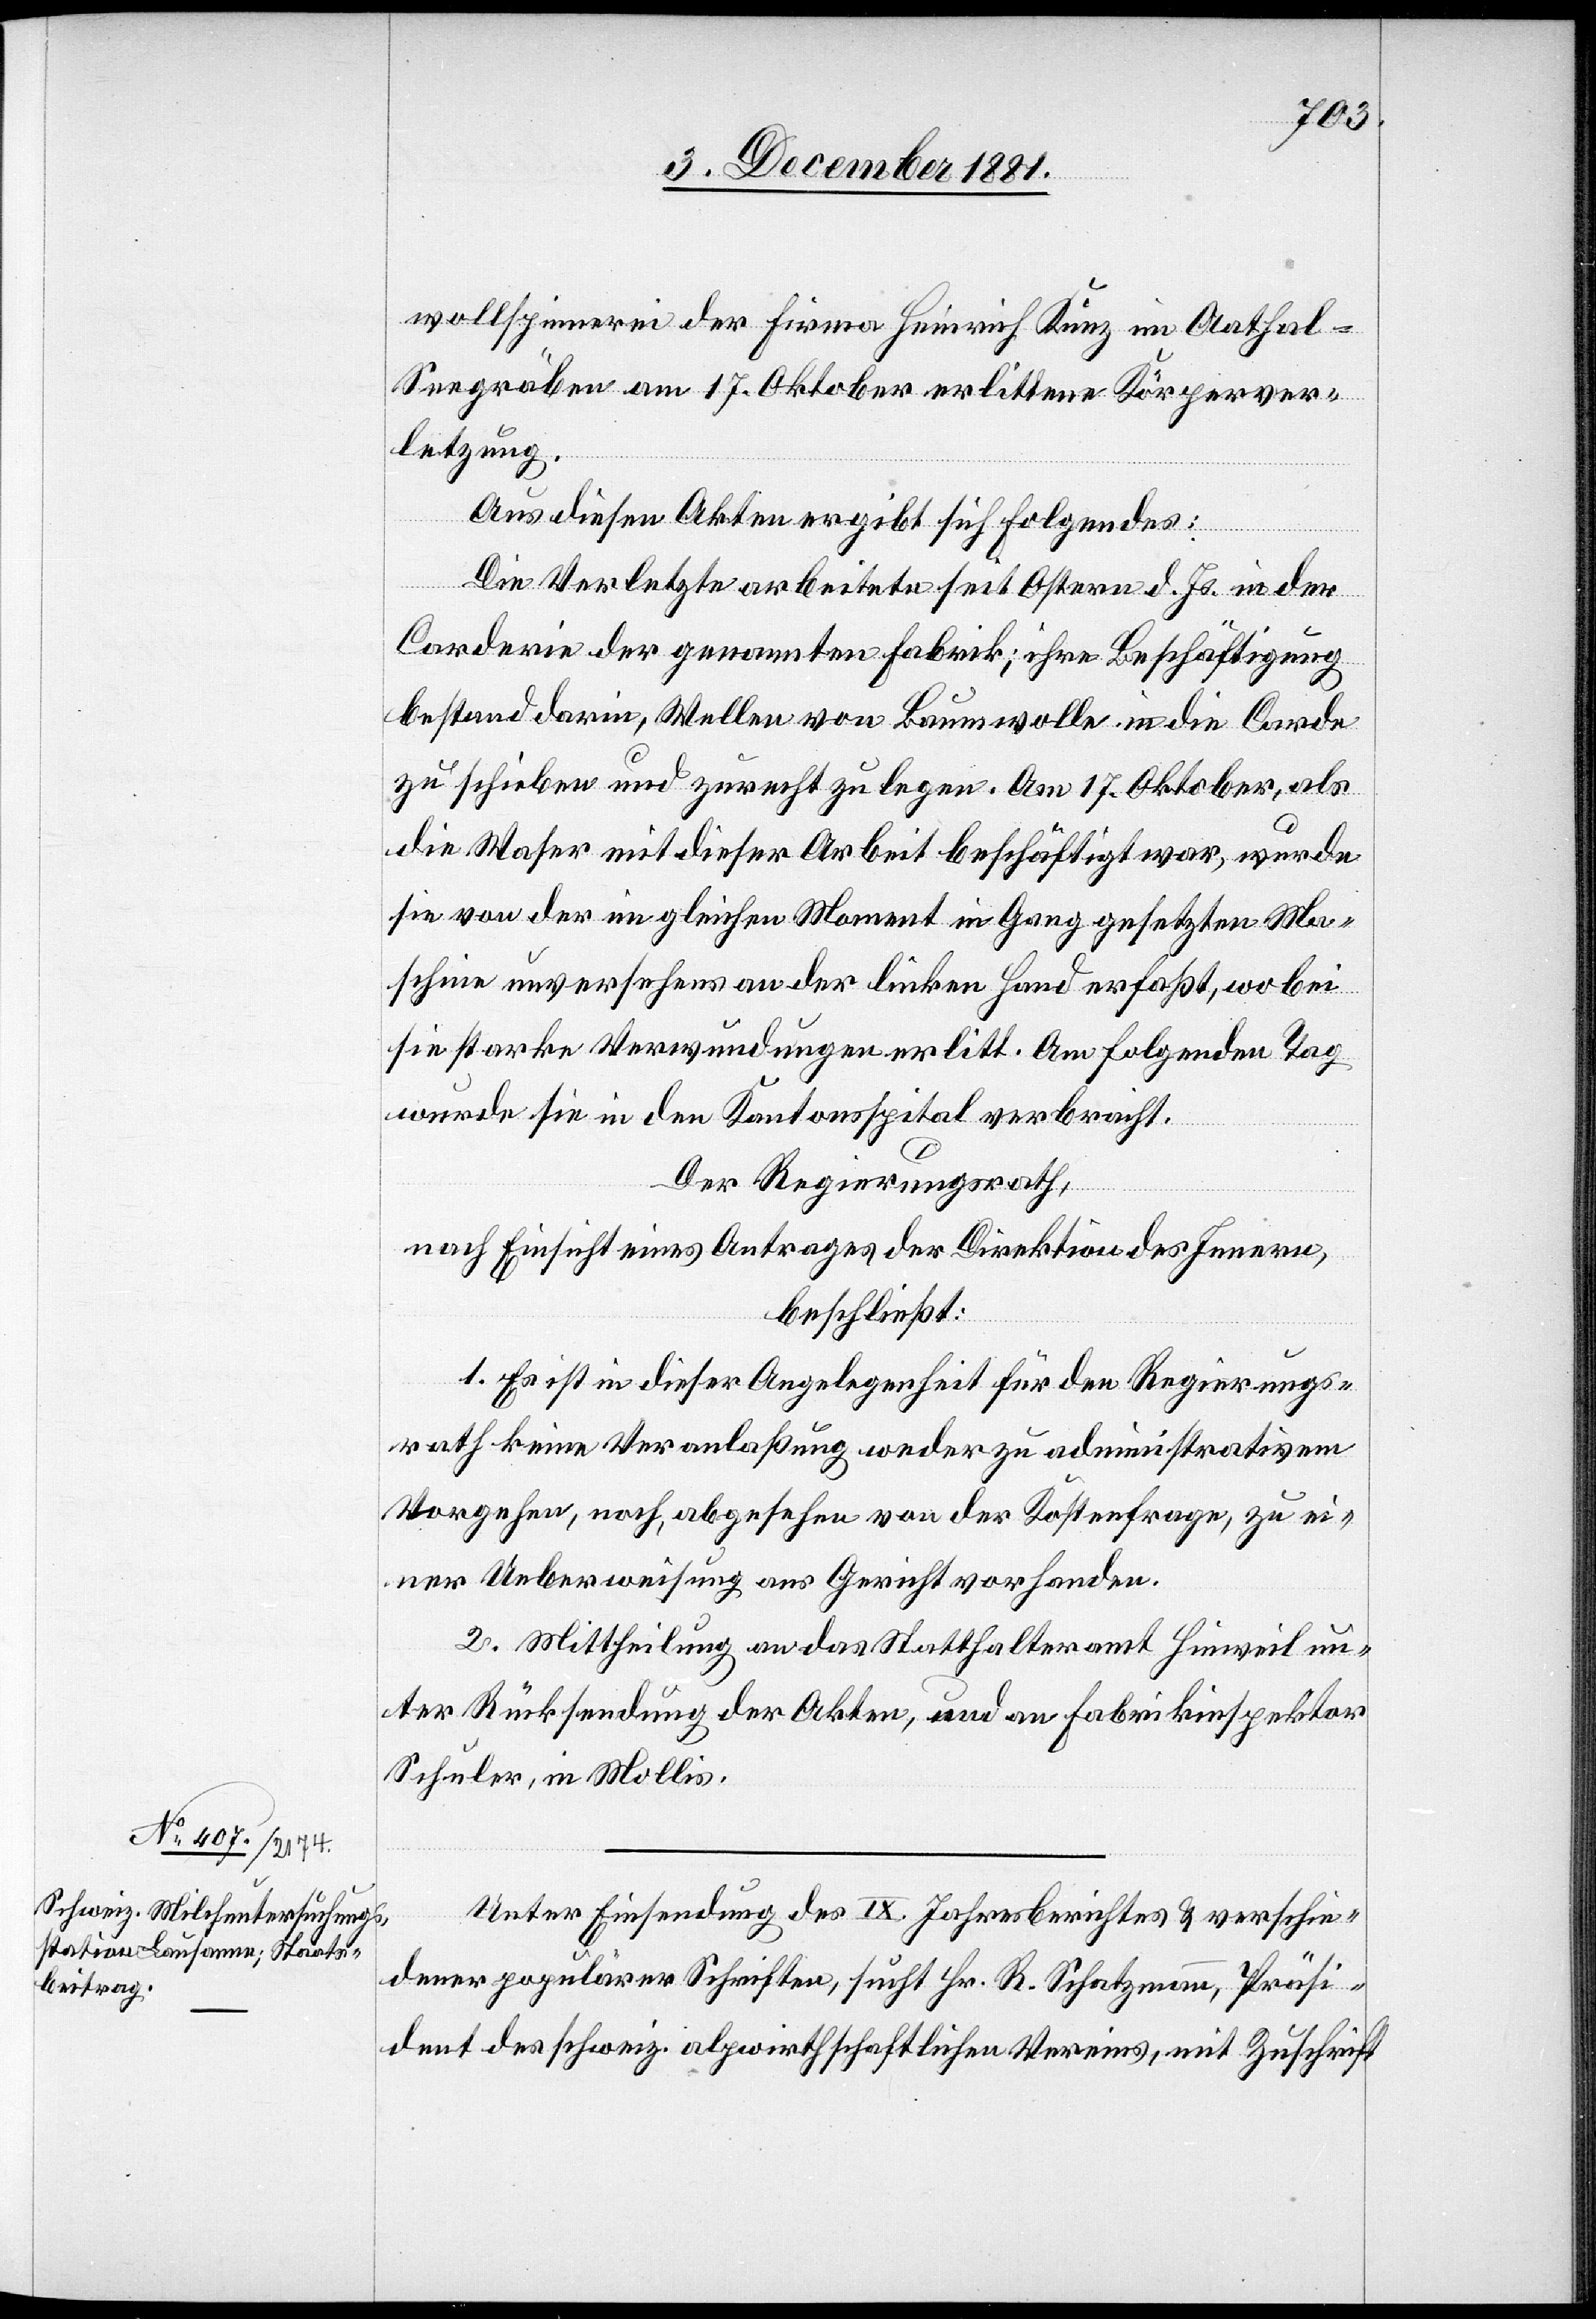
wollspinnerei der Firma Heinrich Kunz im Aathal-S¬
eegräben am 17. Oktober erlittene Körperver¬
letzung.
Aus diesen Akten ergibt sich Folgendes:
Die Verletzte arbeitete seit Ostern d. Js. in der
Corderie der genannten Fabrik; ihre Beschäftigung
bestand darin, Wellen von Baumwolle in die Corde
zu schieben und zurecht zu legen. Am 17. Oktober, als
die Waser mit dieser Arbeit beschäftigt war, wurde
sie von der im gleichen Moment in Gang gesetzten Ma¬
schine unversehens an der linken Hand erfaßt, wobei
sie starke Verwundungen erlitt. Am folgenden Tag
wurde sie in den Kantonsspital verbracht.
Der Regierungsrath,
nach Einsicht eines Antrages der Direktion des Innern,
beschließt:
1. Es ist in dieser Angelegenheit für den Regierungs¬
rath keine Veranlaßung weder zu administrativem
Vorgehen, noch, abgesehen von der Kostenfrage, zu ei¬
ner Ueberweisung ans Gericht vorhanden.
2. Mittheilung an das Statthalteramt Hinweil un¬
ter Rücksendung der Akten, und an Fabrikinspektor
Schuler, in Mollis.
Unter Einsendung des IX. Jahresberichtes & verschie¬
dener populärer Schriften, sucht Hr. R. Schatzmann, Präsi¬
dent des schweiz. alpwirthschaftlichen Vereins, mit Zuschrift